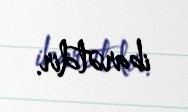
ibarətdir.